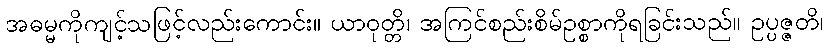
အဓမ္မကိုကျင့်သဖြင့်လည်းကောင်း။ ယာဝုတ္တိ၊ အကြင်စည်းစိမ်ဥစ္စာကိုရခြင်းသည်။ ဥပ္ပဇ္ဇတိ၊